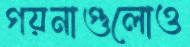
গয়নাগুলোও